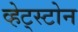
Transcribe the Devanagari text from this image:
व्हेट्स्टोन